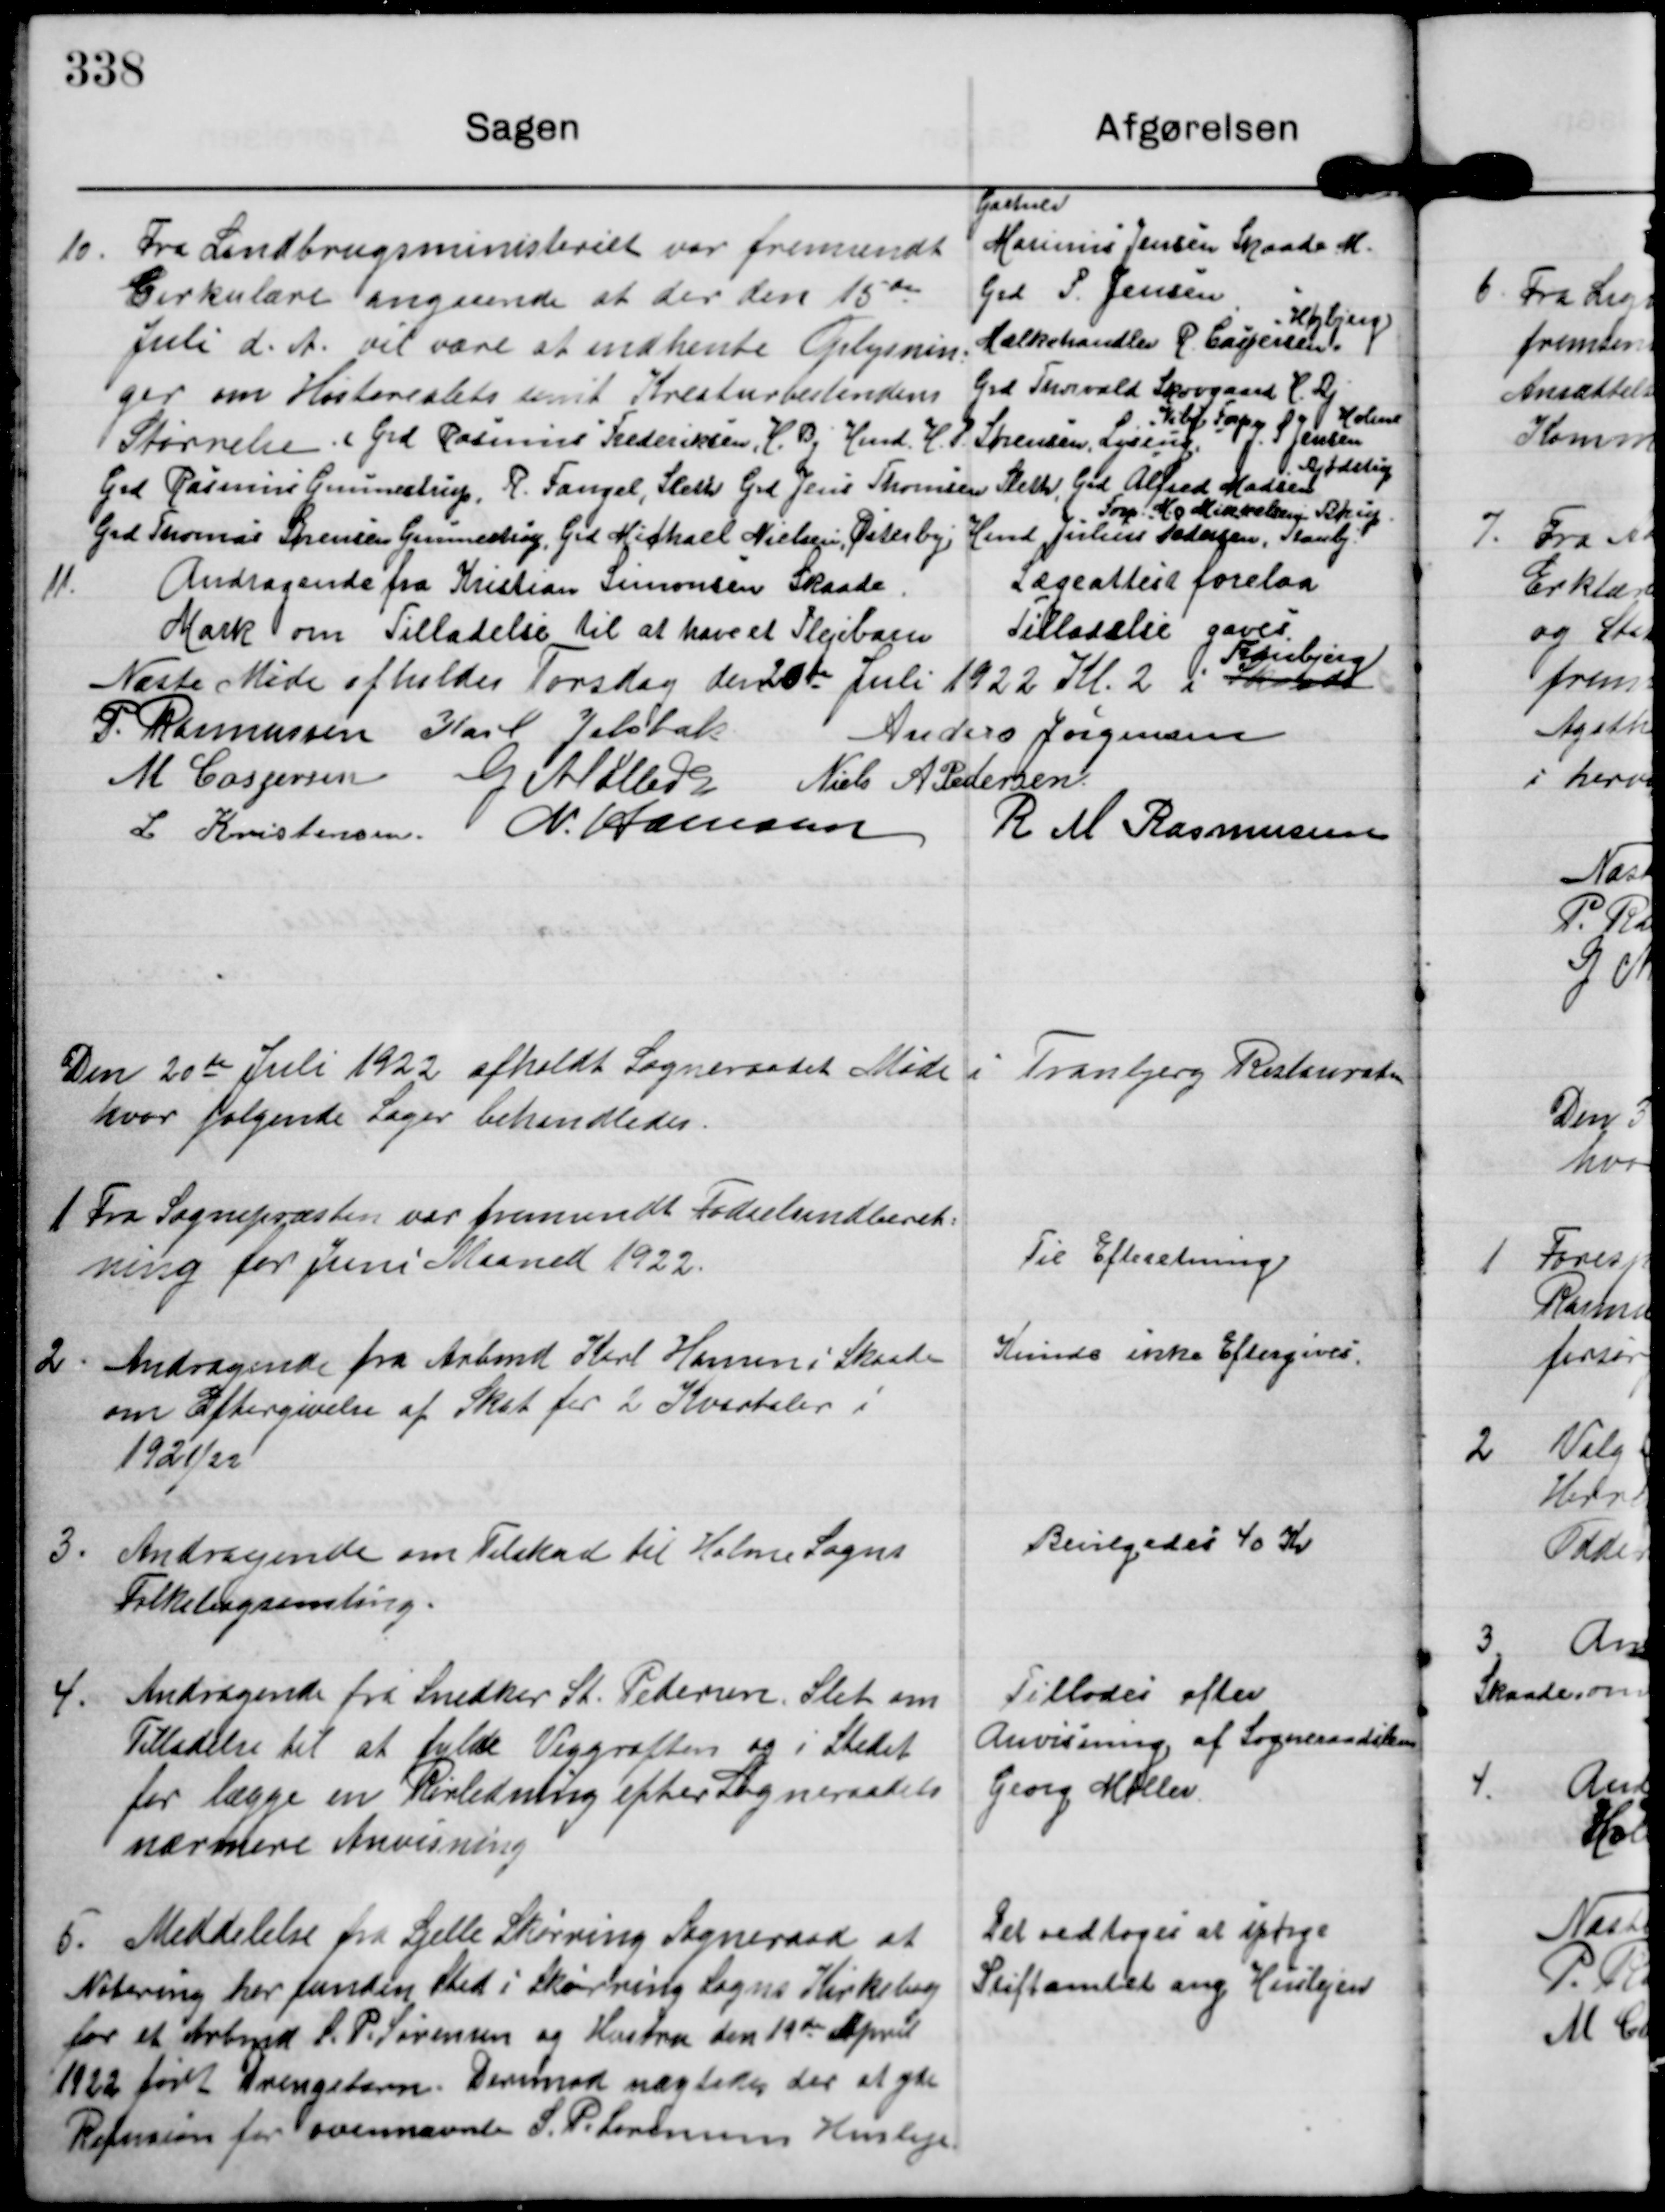
Transskription:
10. Fra Landbrugsministeriet var fremsendt
Cirkulære angaaende at der den 15 de
Juli d. A. vil være at indhente Oplysnin-
ger om Høstarealets samt Kreaturbestandens
Størrelse.

Gartner
Marinus Jensen Skaade M.
Grd P. Jensen
Mælkehandler P. Caspersen.
Højbjerg
Grd Thorvald Skovgaard H. Bj

Grd Rasmus Frederiksen, H.Bj.  Hmd. H. P. Sørensen, Lyseng,  J. S. Jensen
Viby Forpag.
Holme
Bjødstrup
Grd Rasmus Gunnestrup, R. Fangel, Sleth Grd Jens Thomsen Sleth, Grd Alfred Madsen
Forp. M. Mikkelsen Børup
Grd Thomas Sørensen Gunnestrup, Grd Michael Nielsen, Østerby, Hmd Julius Pedersen, Tranbj

11. Andragende fra Kristian Simonsen Skaade.
Mark om Tilladelse til at have et Plejebarn

Lægeattest forelaa
Tilladelse gaves

Tranbjerg
Næste Møde afholdes Torsdag den 20de Juli 1922 Kl 2 i Skaade

P. Rasmussen Karl Jelsbak Anders Jørgensen
M Caspersen G Møller Niels A Pedersen
L Kristensen N. Hamann R M Rasmussen

Den 20de Juli 1922 afholdt Sogneraadet Møde i Tranbjerg Restauration
hvor følgende Sager behandledes.

1 Fra Sognepræsten var fremsendt Fødselsindberet-
ning for Juni Maaned 1922.

Til Efteretning.

2. Andragende fra Arbmd Karl Hansen i Skaade
om Eftergivelse af Skat for 2 Kvartaler i
1921/22.

Kunde ikke Eftergives.

3. Andragende om Tilskud til Holme Sogns
Folkebogsamling.

Bevilgedes 40 Kr

4. Andragende fra Snedker St. Pedersen, Slet om
Tilladelse til at fylde Vejgrøften og i Stedet
for lægge en Rørledning efter Sogneraadets
nærmere Anvisning

Tillades efter
Anvisning af Sogneraadslem
Georg Møller

5. Meddelelse fra Sjelle Skørring Sogneraad at
Notering har funden sted i Skørring Sogns Kirkebog
for et Arbmd S.P. Sørensen og Hustru den 19de April
1922 født Drengebarn. Derimod nægtedes der at yde
Refusion for ovennævnte S. P. Sørensens Husleje

Del vedtoges at spørge
Stiftamtet ang Huslejen